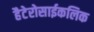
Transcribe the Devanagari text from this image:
हैटेरोसाईकलिक